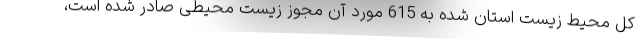
کل محیط زیست استان شده به 615 مورد آن مجوز زیست محیطی صادر شده است،